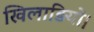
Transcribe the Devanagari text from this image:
खिलाड़ियों।